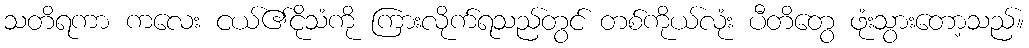
သတိရကာ ကလေး ငယ်၏ငိုသံကို ကြားလိုက်ရသည်တွင် တစ်ကိုယ်လုံး ပီတိတွေ ဖုံးသွားတော့သည်။